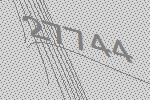
27744